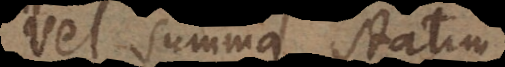
vel summa statim